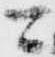
可